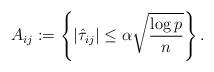
LaTeX: \begin{align*}A_{ij}:=\left\{|\hat\tau_{ij}|\le \alpha\sqrt{\frac{\log p}{n}}\right\}.\end{align*}